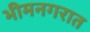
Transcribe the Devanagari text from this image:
भीमनगरात